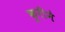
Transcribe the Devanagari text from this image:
कुरीने